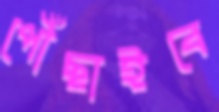
পৌঁছাইবে